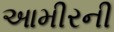
આમીરની